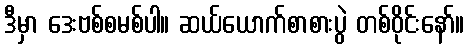
ဒီမှာ ဒေးဗစ်စမစ်ပါ။ ဆယ်ယောက်စာစားပွဲ တစ်ဝိုင်းနော်။